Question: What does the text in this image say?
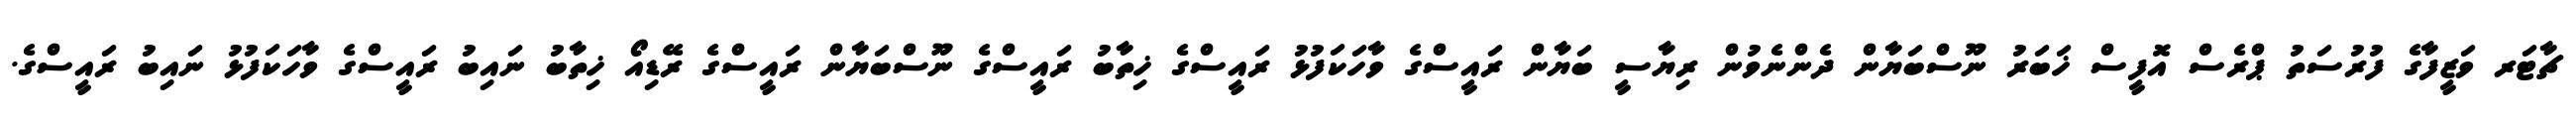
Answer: ޗާޓަރ ވަޒީފާގެ ފުރުސަތު ޕްރެސް އޮފީސް ޚަބަރު ނޫސްބަޔާން ދެންނެވުން ރިޔާސީ ބަޔާން ރައީސްގެ ވާހަކަފުޅު ރައީސްގެ ޚިތާބު ރައީސްގެ ނޫސްބަޔާން ރައީސްގެ ރޭޑިއޯ ޚިތާބު ނައިބު ރައީސްގެ ވާހަކަފުޅު ނައިބު ރައީސްގެ.